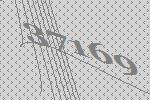
37169